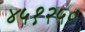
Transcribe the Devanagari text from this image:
४५१२५०